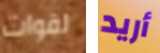
لقوات أريد